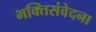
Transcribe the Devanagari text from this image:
भक्तिसंवेदना